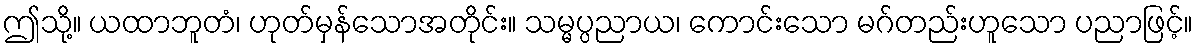
ဤသို့။ ယထာဘူတံ၊ ဟုတ်မှန်သောအတိုင်း။ သမ္မပ္ပညာယ၊ ကောင်းသော မဂ်တည်းဟူသော ပညာဖြင့်။